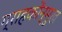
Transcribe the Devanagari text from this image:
ग्राहकोंन्‍मुख